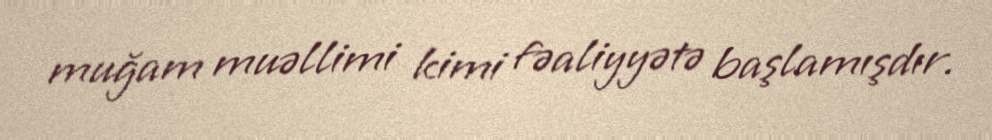
muğam muəllimi kimi fəaliyyətə başlamışdır.